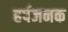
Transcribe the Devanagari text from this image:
हर्षजनक